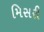
મિસરી